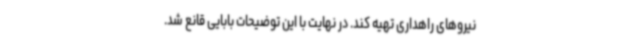
نیروهای راهداری تهیه کند. در نهایت با این توضیحات بابایی قانع شد.